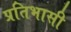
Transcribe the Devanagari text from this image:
प्रतिभासी